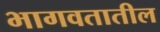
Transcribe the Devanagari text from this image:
भागवतातील